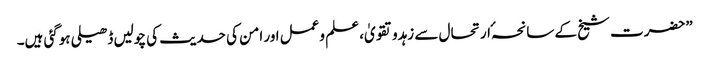
”حضرت شیخ کے سانحہٴ ارتحال سے زہدوتقویٰ، علم وعمل اور امن کی حدیث کی چولیں ڈھیلی ہوگئی ہیں۔